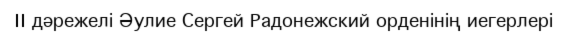
II дәрежелі Әулие Сергей Радонежский орденінің иегерлері